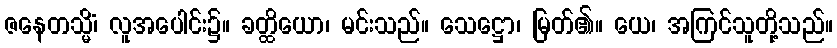
ဇနေတသ္မိံ၊ လူအပေါင်း၌။ ခတ္ထိယော၊ မင်းသည်။ သေဋ္ဌော၊ မြတ်၏။ ယေ၊ အကြင်သူတို့သည်။